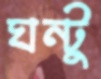
ঘন্টু